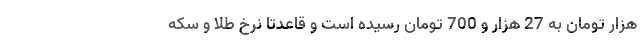
هزار تومان به 27 هزار و 700 تومان رسیده است و قاعدتا نرخ طلا و سکه